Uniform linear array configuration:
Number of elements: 32
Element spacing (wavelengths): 1
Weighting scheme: hamming
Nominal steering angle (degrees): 45
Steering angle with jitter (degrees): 46.135
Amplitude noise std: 0.05
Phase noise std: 0.05

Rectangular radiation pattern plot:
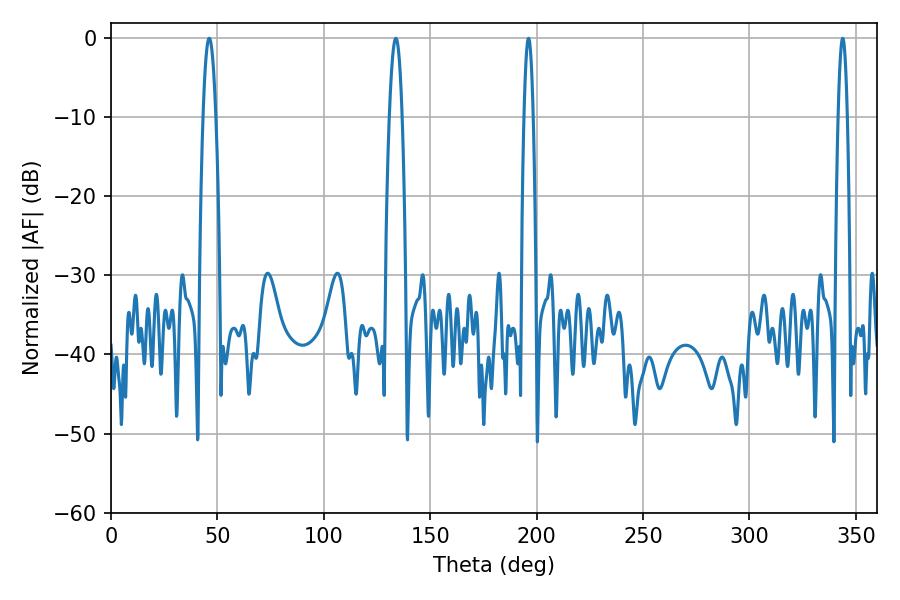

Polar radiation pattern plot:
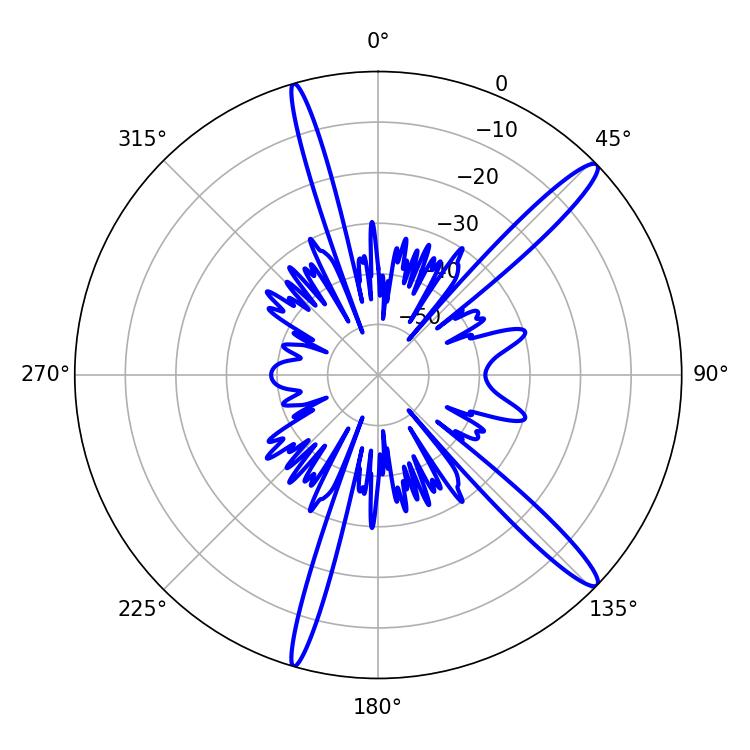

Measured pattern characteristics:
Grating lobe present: TRUE
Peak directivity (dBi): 14.838
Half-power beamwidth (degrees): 2.16
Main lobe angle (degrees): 343.8